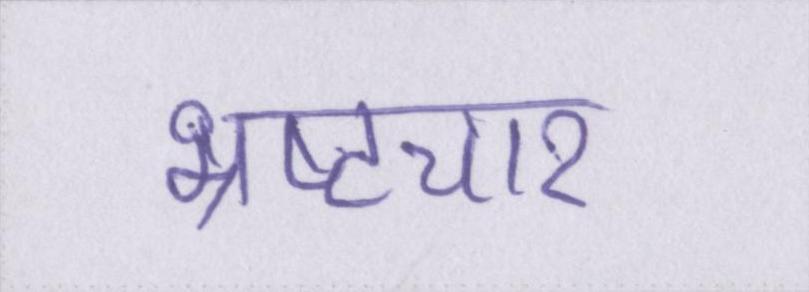
भ्रष्टचार